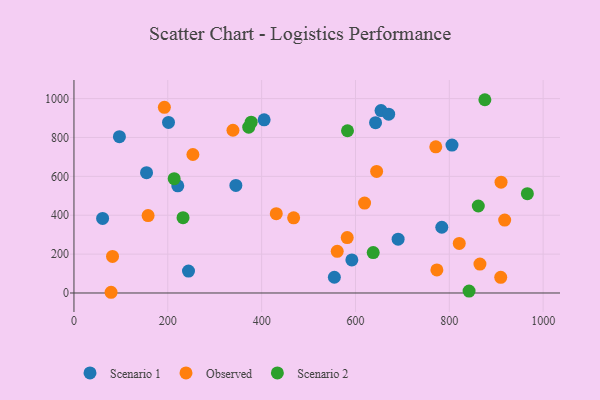
{"axis": {"x": "Investment", "y": "Rating"}, "legend": ["Observed", "Scenario 1", "Scenario 2"], "data": [{"x": "345.1", "y": 553.1, "type": "Scenario 1"}, {"x": "201.5", "y": 877.5, "type": "Scenario 1"}, {"x": "654.5", "y": 938.2, "type": "Scenario 1"}, {"x": "405.3", "y": 890.5, "type": "Scenario 1"}, {"x": "154.7", "y": 618.7, "type": "Scenario 1"}, {"x": "690.9", "y": 276.8, "type": "Scenario 1"}, {"x": "592.3", "y": 170.1, "type": "Scenario 1"}, {"x": "244.1", "y": 113.0, "type": "Scenario 1"}, {"x": "642.8", "y": 876.3, "type": "Scenario 1"}, {"x": "805.7", "y": 760.7, "type": "Scenario 1"}, {"x": "555.0", "y": 80.9, "type": "Scenario 1"}, {"x": "221.3", "y": 551.1, "type": "Scenario 1"}, {"x": "61.1", "y": 383.5, "type": "Scenario 1"}, {"x": "670.8", "y": 919.8, "type": "Scenario 1"}, {"x": "784.0", "y": 338.2, "type": "Scenario 1"}, {"x": "96.9", "y": 803.9, "type": "Scenario 1"}, {"x": "619.4", "y": 462.6, "type": "Observed"}, {"x": "582.4", "y": 284.9, "type": "Observed"}, {"x": "561.1", "y": 214.2, "type": "Observed"}, {"x": "468.2", "y": 386.5, "type": "Observed"}, {"x": "910.3", "y": 569.8, "type": "Observed"}, {"x": "82.2", "y": 188.2, "type": "Observed"}, {"x": "192.7", "y": 955.1, "type": "Observed"}, {"x": "771.2", "y": 751.7, "type": "Observed"}, {"x": "253.5", "y": 712.3, "type": "Observed"}, {"x": "79.1", "y": 3.7, "type": "Observed"}, {"x": "821.2", "y": 254.9, "type": "Observed"}, {"x": "918.0", "y": 375.2, "type": "Observed"}, {"x": "431.2", "y": 408.2, "type": "Observed"}, {"x": "158.0", "y": 398.2, "type": "Observed"}, {"x": "909.6", "y": 80.7, "type": "Observed"}, {"x": "338.9", "y": 837.2, "type": "Observed"}, {"x": "645.1", "y": 625.3, "type": "Observed"}, {"x": "865.3", "y": 148.6, "type": "Observed"}, {"x": "773.5", "y": 118.5, "type": "Observed"}, {"x": "213.6", "y": 588.1, "type": "Scenario 2"}, {"x": "966.4", "y": 510.9, "type": "Scenario 2"}, {"x": "861.8", "y": 447.5, "type": "Scenario 2"}, {"x": "372.5", "y": 853.0, "type": "Scenario 2"}, {"x": "842.1", "y": 9.7, "type": "Scenario 2"}, {"x": "232.5", "y": 387.4, "type": "Scenario 2"}, {"x": "583.0", "y": 834.6, "type": "Scenario 2"}, {"x": "875.8", "y": 994.1, "type": "Scenario 2"}, {"x": "637.8", "y": 207.9, "type": "Scenario 2"}, {"x": "377.7", "y": 878.5, "type": "Scenario 2"}]}